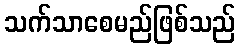
သက်သာစေမည်ဖြစ်သည်